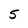
Character: 5